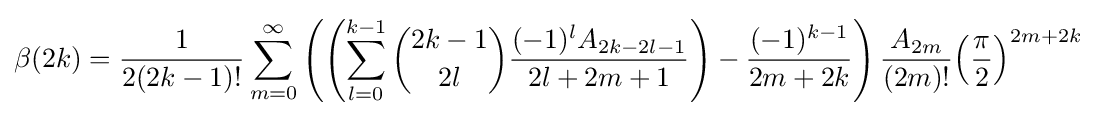
\beta (2k)={\frac {1}{2(2k-1)!}}\sum _{m=0}^{\infty }\left(\left(\sum _{l=0}^{k-1}{\binom {2k-1}{2l}}{\frac {(-1)^{l}A_{2k-2l-1}}{2l+2m+1}}\right)-{\frac {(-1)^{k-1}}{2m+2k}}\right){\frac {A_{2m}}{(2m)!}}{\left({\frac {\pi }{2}}\right)}^{2m+2k}